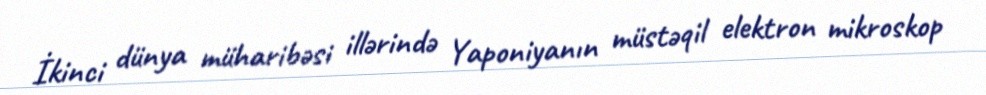
İkinci dünya müharibəsi illərində Yaponiyanın müstəqil elektron mikroskop